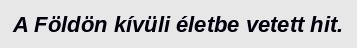
A Földön kívüli életbe vetett hit.